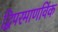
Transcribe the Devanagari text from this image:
द्विपरमाणविक